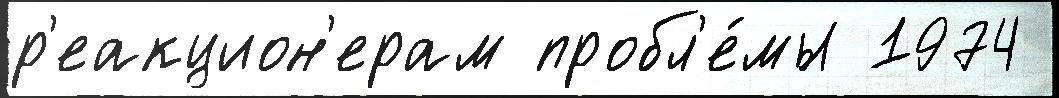
р'еакцион'ерам пробл'е́мы 1974